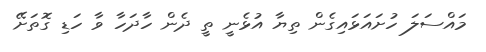
މައްސަލަ ހުށައަޅައިގެން ތިޔާ އުޅެނީ ތީ ދެން ހާދަހާ ވާ ހަޑި ގޮތަށޭ